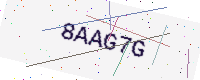
Text: 8AAG7G